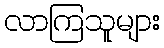
လာကြသူများ